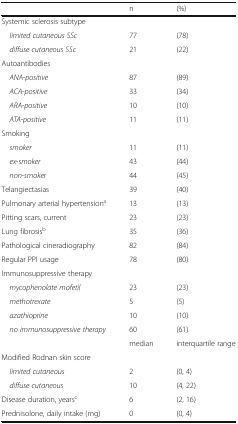
|  | n | (%) |
 | --- | --- | --- |
 | <COLSPAN=3> Systemic sclerosis subtype |
 | limited cutaneous SSc | 77 | (78) |
 | diffuse cutaneous SSc | 21 | (22) |
 | <COLSPAN=3> Autoantibodies |
 | ANA-positive | 87 | (89) |
 | ACA-positive | 33 | (34) |
 | ARA-positive | 10 | (10) |
 | ATA-positive | 11 | (11) |
 | <COLSPAN=3> Smoking |
 | smoker | 11 | (11) |
 | ex-smoker | 43 | (44) |
 | non-smoker | 44 | (45) |
 | Telangiectasias | 39 | (40) |
 | Pulmonary arterial hypertensiona | 13 | (13) |
 | Pitting scars, current | 23 | (23) |
 | Lung fibrosisb | 35 | (36) |
 | Pathological cineradiography | 82 | (84) |
 | Regular PPI usage | 78 | (80) |
 | Immunosuppressive therapy |  |  |
 | mycophenolate mofetil | 23 | (23) |
 | methotrexate | 5 | (5) |
 | azathioprine | 10 | (10) |
 | no immunosuppressive therapy | 60 | (61) |
 |  | median | interquartile range |
 | <COLSPAN=3> Modified Rodnan skin score |
 | limited cutaneous | 2 | (0, 4) |
 | diffuse cutaneous | 10 | (4, 22) |
 | Disease duration, yearsc | 6 | (2, 16) |
 | Prednisolone, daily intake (mg) | 0 | (0, 4) |